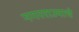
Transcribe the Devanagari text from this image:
नगरराज्याचे